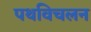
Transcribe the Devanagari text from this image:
पथविचलन